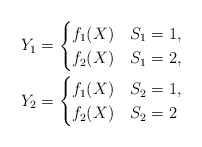
\begin{align*}Y_1 = \begin{cases}f_1(X) & S_1=1,\\ f_2(X) & S_1=2,\end{cases}\\Y_2 = \begin{cases} f_1(X) & S_2=1,\\f_2(X) & S_2= 2\end{cases}\end{align*}